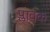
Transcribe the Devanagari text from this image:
प्लावक